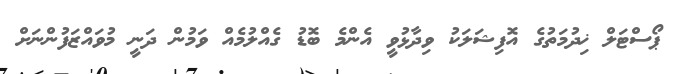
ޕޯސްޓަލް ޚިދުމަތުގެ އޮފިޝަލަކު ވިދާޅުވީ އެންމެ ބޮޑު ގެއްލުމެއް ވަމުން ދަނީ މުވައްޒަފުންނަށް